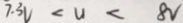
7 . 3 v < u < 8 v